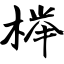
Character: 榉